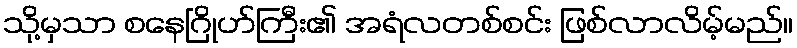
သို့မှသာ စနေဂြိုဟ်ကြီး၏ အရံလတစ်စင်း ဖြစ်လာလိမ့်မည်။